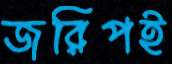
জরিপই